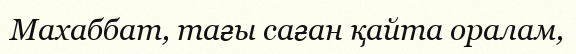
Махаббат, тағы саған қайта оралам,